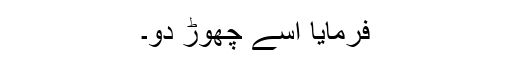
فرمایا اسے چھوڑ دو۔